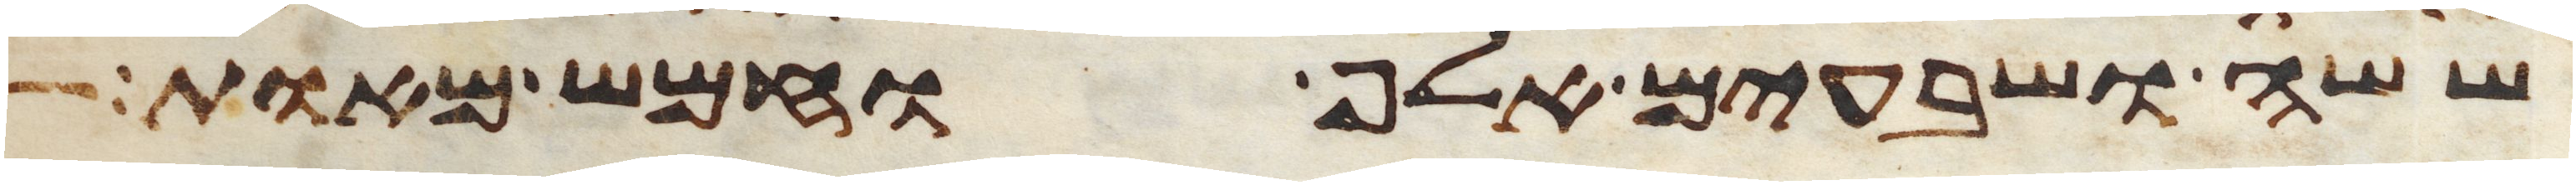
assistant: ששה ושבעים אלף וחמש מאות